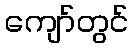
ကျော်တွင်